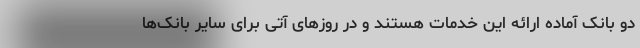
دو بانک آماده ارائه این خدمات هستند و در روز‌های آتی برای سایر بانک‌ها